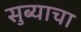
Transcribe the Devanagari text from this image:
सुब्याचा